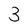
Character: 3